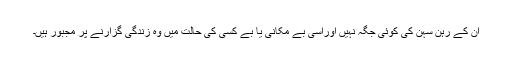
ان کے رہن سہن کی کوئی جگہ نہیں اوراسی بے مکانی یا بے کسی کی حالت میں وہ زندگی گزارنے پر مجبور ہیں۔